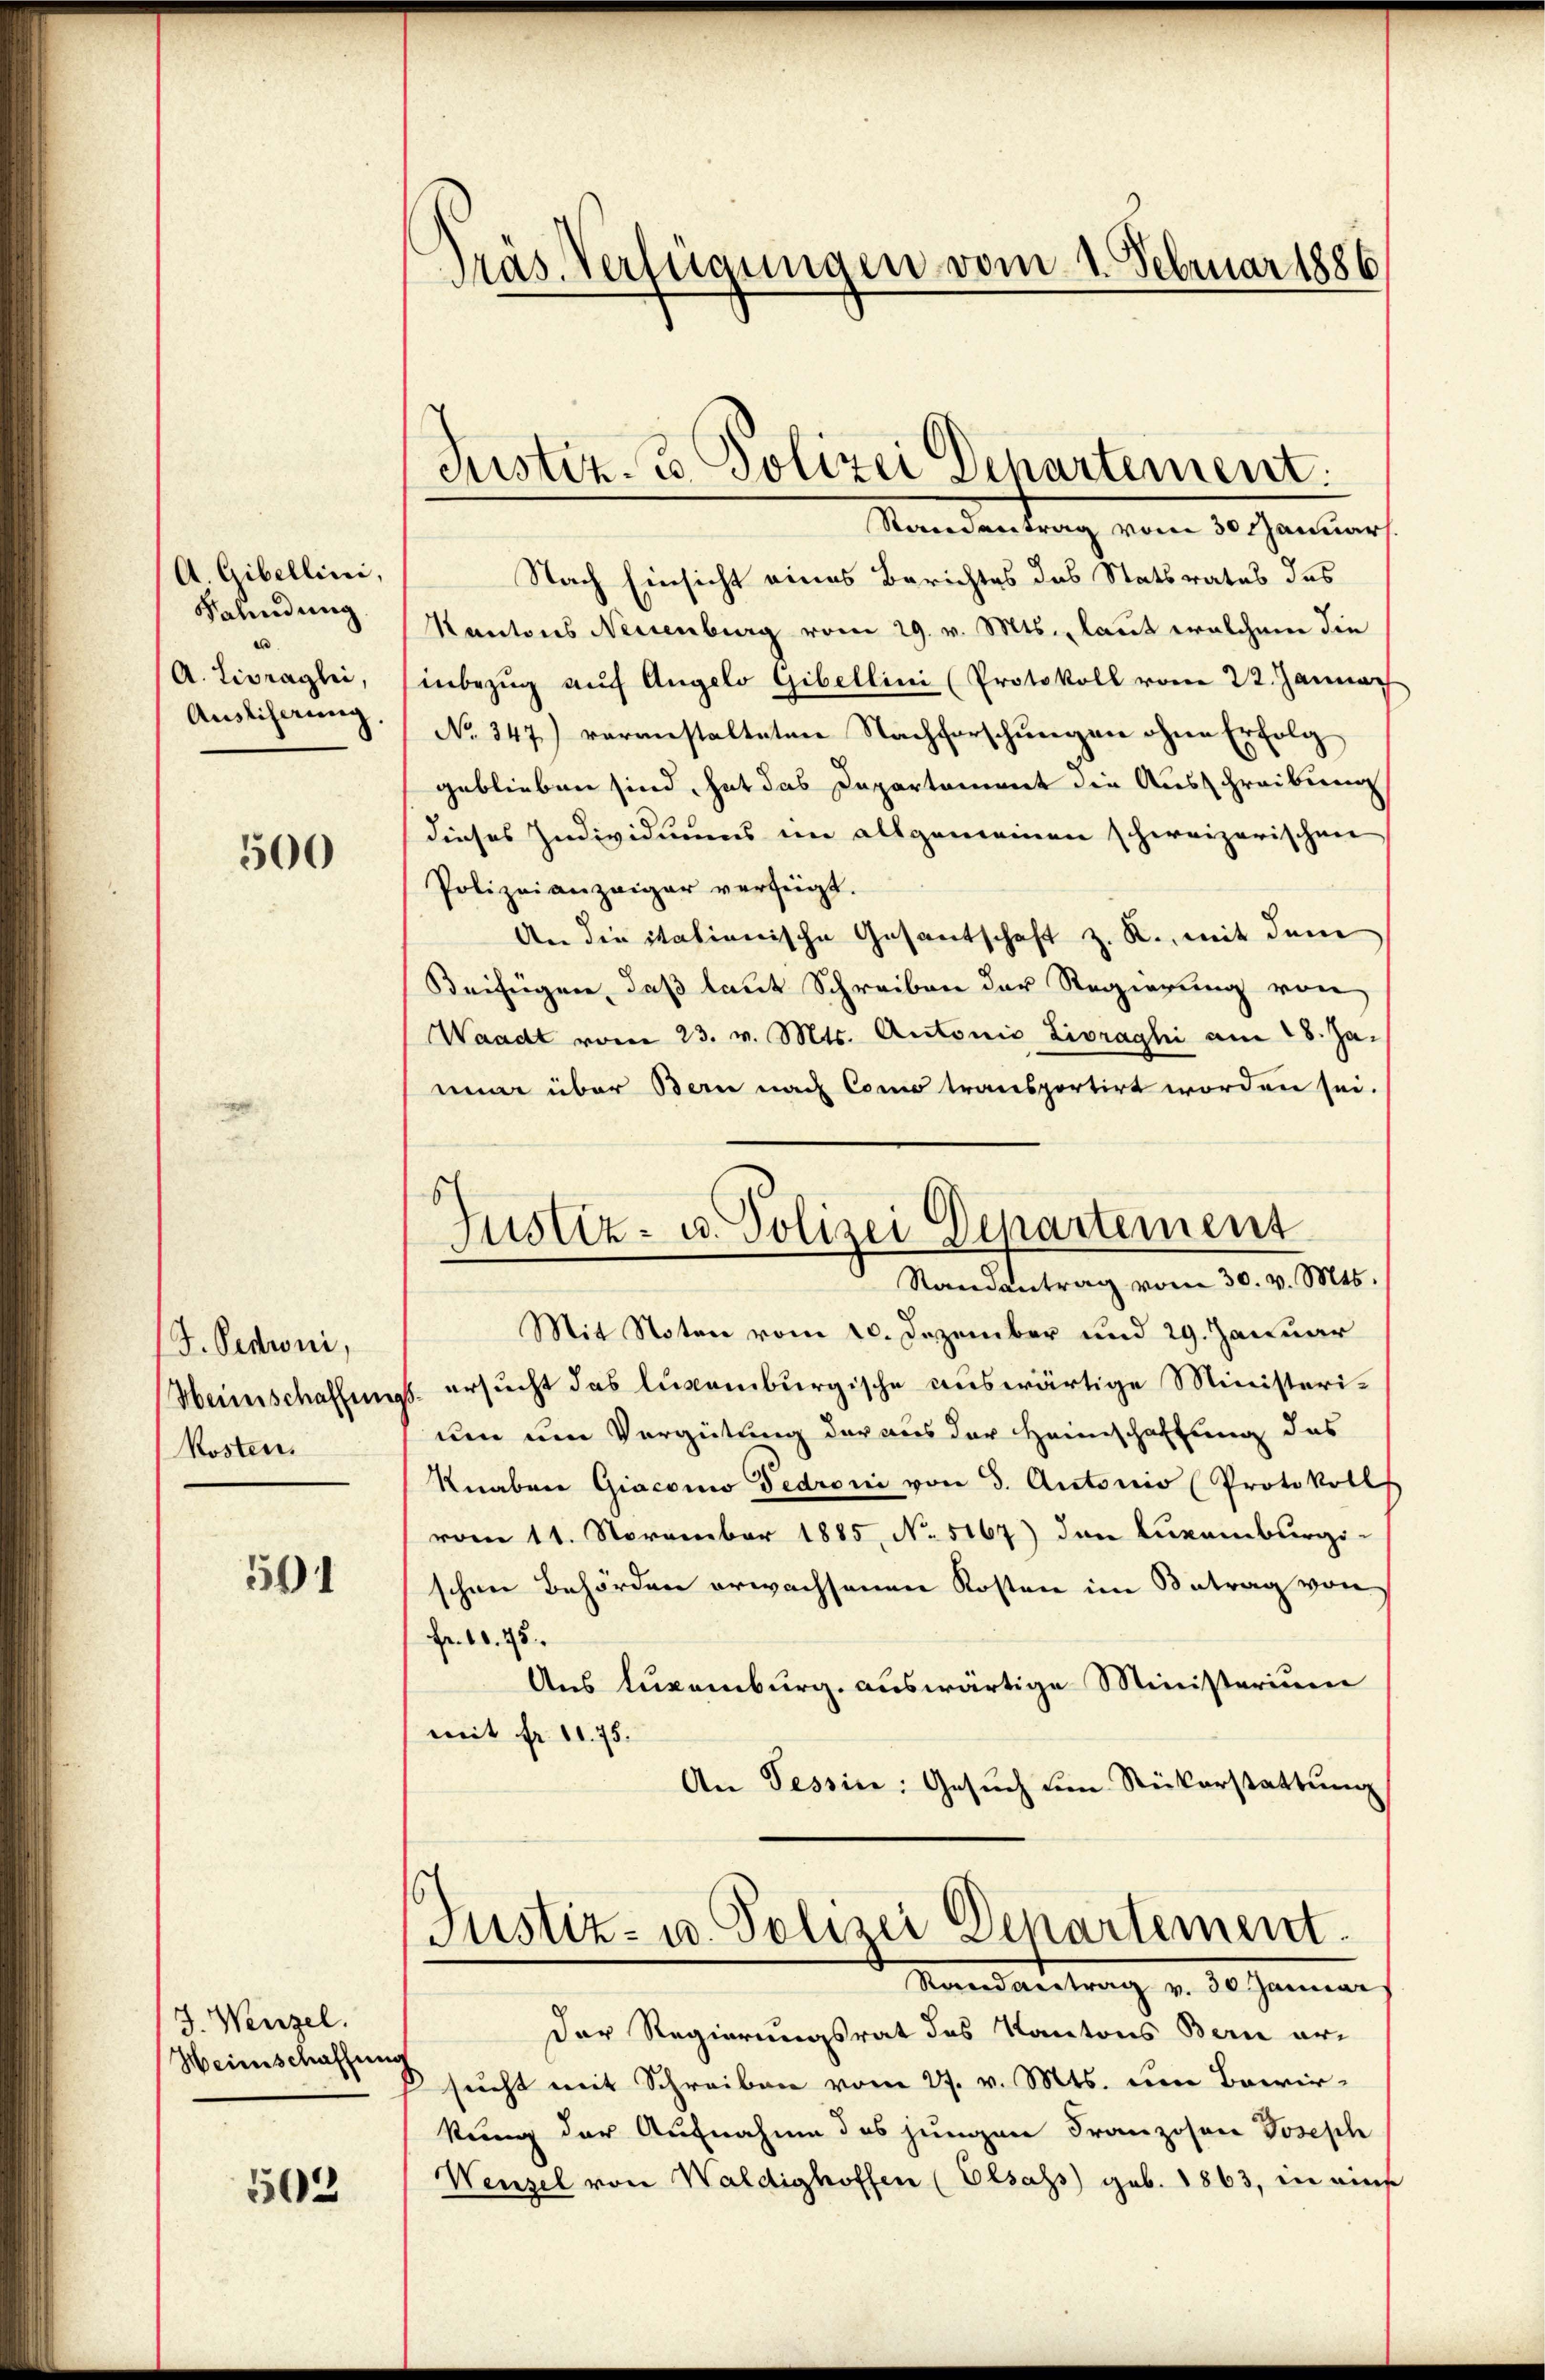
A. Gibellini,
Bahndung
A. Livragli,
Auslicherung

500

J. Oedoni,
Heinschaffung
Kosten.

501

J. Wenzel.
Heimschaffung

503

Gras Verfügungen vom 1. Februar 1886

Justiz- & Polizei Departement.

Randantrag vom 30. Januar
Nach Einsicht eines Berichtes des Statsrates des
Kantons Neuenburg vom 29. v. Mts. laut welchem die
inbezug auf Angelo Gibellini (Protokoll von 22. Jannac
No 347) veranstalteten Nachforschungen ohne Erfolg
geblieben sind, hat das Departement die Ausschreibung
dieses Individuums im allgemeinen schweizerischen
Polizeianzeiger verfügt.
An die itationische Gesantschaft z. R., mit dem
Beifügen, daß laut Schreiben der Regierung von
Waadt vom 23. v. Mts. Antonia Livraghi am 28. Jamie über Bern nach Como transportirt worden sei.
Mit Noten vom 10. Dezember und 29. Januar
s. ersucht das luvamburgische auswärtige Ministerium um Vergütung der aus der Heimschaftung das
Knaben Giacono Gedroni von 3. Autorio Protokoll
vom 11. November 1885, No 5167) den Luxamburgischen Behörden erwachsenen Kosten im Betrag von
Fr. 10. 75.
Ans Luxenburg. auswärtige Ministerium
mit fr. 11. 75.
An Tessin: Gesuch um Nickerstattung
Justiz- u. Polizei Departement
Manes antrag v. 30. Jännern
Der Regierungsrat des Kantons Bern er-
2 sucht mit Schreiben vom 27. v. Mts. um Bewirkung der Aufnahme des jungen Franzosen Joseph
Wenzel von Waldighoffen (Elsass geb. 1863, in eine

6
Justiz- u. Polizei Departement
Randantrag vom 30. v. Mts.